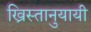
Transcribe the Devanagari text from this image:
ख्रिस्तानुयायी